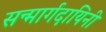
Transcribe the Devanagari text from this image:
सन्मार्गदायिनी